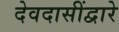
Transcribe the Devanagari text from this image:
देवदासींद्वारे